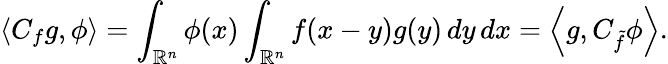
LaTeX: \langle C_{f}g,\phi\rangle=\int_{\mathbb{R}^{n}}\phi(x)\int_{\mathbb{R}^{n}}f(x-y)g(y)\, dy\, dx=\left\langle g,C_{\tilde{f}}\phi\right\rangle.